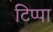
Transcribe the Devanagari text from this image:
टिप्पा